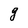
Character: g